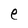
Character: e